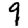
Digit: 9